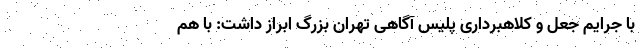
با جرایم جعل و کلاهبرداری پلیس آگاهی تهران بزرگ ابراز داشت: با هم